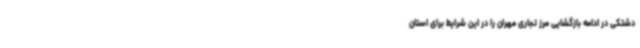
دشتکی در ادامه بازگشایی مرز تجاری مهران را در این شرایط برای استان